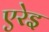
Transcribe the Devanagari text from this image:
एरेइ